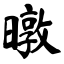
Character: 暾